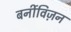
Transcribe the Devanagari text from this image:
बर्नीविज़न